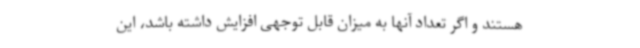
هستند و اگر تعداد آنها به میزان قابل توجهی افزایش داشته باشد، این